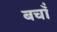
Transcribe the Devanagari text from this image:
बचाँ